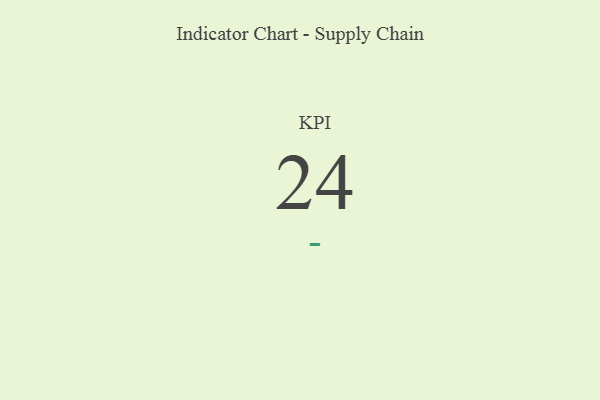
{"axis": {"x": "KPI", "y": "Value"}, "legend": [""], "data": [{"x": "KPI", "y": 24, "type": ""}]}